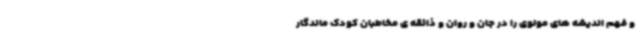
و فهم اندیشه های مولوی را در جان و روان و ذائقه ی مخاطبان کودک ماندگار